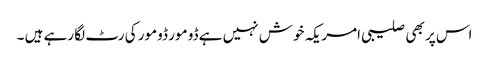
اس پر بھی صلیبی امریکہ خوش نہیں ہے ڈو مور ڈومور کی رٹ لگا رہے ہیں ۔